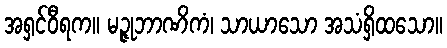
အရှင်ဝီရက။ မဉ္ဇုဘာဏိကံ၊ သာယာသော အသံရှိထသော။